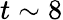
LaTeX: t\sim 8